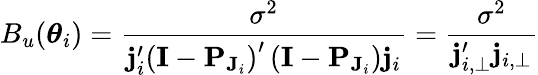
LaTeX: B_{u}(\boldsymbol\theta_{i})=\frac{\sigma^{2}}{\mathbf{j}_{i}^{\prime}\left(\mathbf{I}-\mathbf{P}_{\mathbf{J}_{i}}\right)^{\prime}\left(\mathbf{I}-\mathbf{P}_{\mathbf{J}_{i}}\right)\mathbf{j}_{i}}=\frac{\sigma^{2}}{\mathbf{j}_{i,\perp}^{\prime}\mathbf{j}_{i,\perp}}